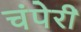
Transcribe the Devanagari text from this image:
चंपेरी